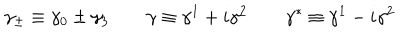
LaTeX: \gamma _ { \pm } \equiv \gamma _ { 0 } \pm \gamma _ { 3 } \qquad \gamma \equiv \gamma ^ { 1 } + i \gamma ^ { 2 } \qquad \gamma ^ { * } \equiv \gamma ^ { 1 } - i \gamma ^ { 2 }